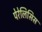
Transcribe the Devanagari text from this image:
पेरेलिसिस